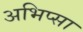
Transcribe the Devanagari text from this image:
अभिप्सा